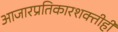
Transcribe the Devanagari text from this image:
आजारप्रतिकारशक्तीही